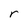
Character: r